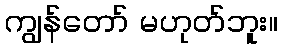
ကျွန်တော် မဟုတ်ဘူး။